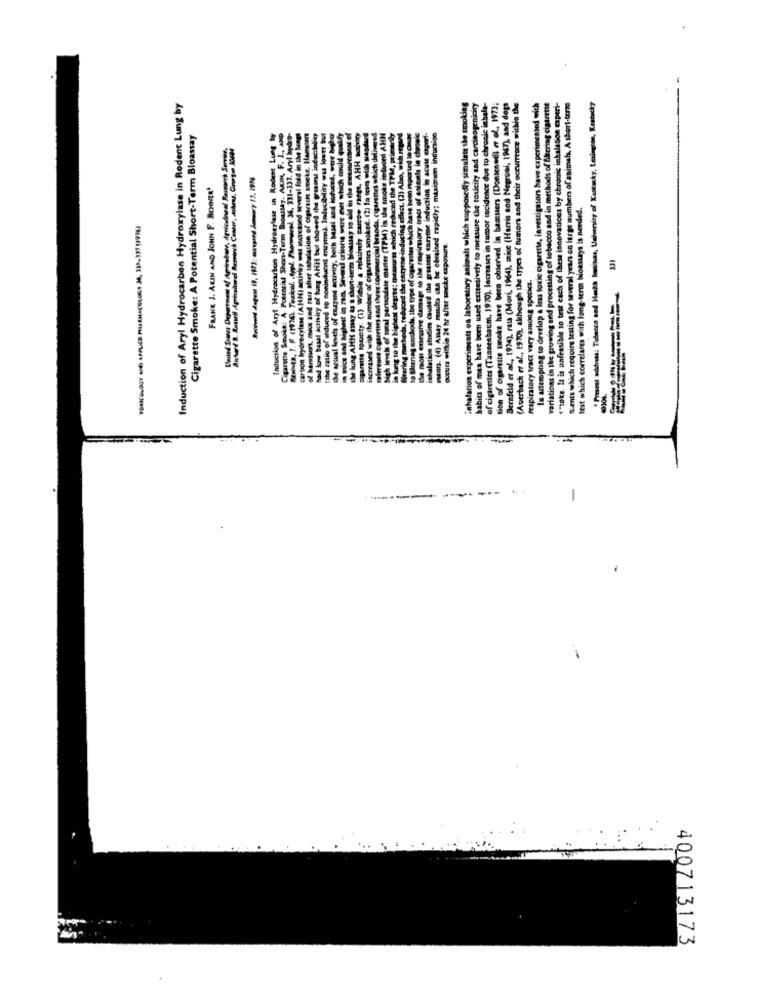
apposedly simulate the smoking
ve to chronic ichala-
Dontenwill et al ., 1973;
Bernfeld et al ., 1934), rats (Mori, 1964), maice (Harris and Negroni, 1967), and dops
- Puesesa address: Tobacco and Heská Imtwee, Univenity of Kentucky, Lexington, Kustuky
Induction of Aryl Hydrocarbon Hydroxylase in Rodent Lung by
the toxicity sad carcinogenicity
(Auerbach er al ., 1970), although the types of tumors and their occurrence within the
w experimented wich
cigarette
""soke. It is unfeasible to test each of these innovations by chronic inhalation experi-
Gents which require testing for several years oa large numbers of animals. A short-term
Cigarette Smoke: A Potential Short-Term Bioassay
variations in the growing and processing of tobacco and in methods of flteria
ad low basal activity of tung AHH but showed the greatest indacit
coninduced enzyme). Inducibility was lowtr
increased with the number of cigarenses smoked. (2) In teses with Magd
rigurenes which deli
high levels of toral persodlase manter (TPM) In the smoke induced Al
kung to the highest degres: memsorts which reduced the TPM, wie
Steering markeds, reduced the enzyme inducing effect. (3) Also, with rtp
to trening mochoda, the type of cigarettes which have been mporund io Q
as of animals in chaos
halation statins caused the pressest caryme induction in acute cap
ments. (4) Assay results can be obtained rapidly; mais um indun
MNNER, I. F (HITEL Texical, . topl. Phonecel. 36, 331-331. Ary
which could
garette topcity. (1) Within a relatively carrow rangs, AHH a0
Assay, AKI, F.
arton byorecylase (AHHI activity was increased several fold in
hamsien, mice and rass after inhalation of cigarette smoke. I
Induction of Aryl Hydrocarbon Hydroxylase in Rode
FRANK J. AKIN AND JOHN F. BENINER'
Lciden
la attempting to develop a less toxic cigarette, investigators b
Actual levels of enayane activity, both basal and
mats oa laboratory animals which suppo
test which correlares with long-term bioassays is needed.
se lung AHH anay &z a short-term bonusay
4 most eursive damage to the respiratory
in man. Several criteria
occurs within 24 hr after moke exposure.
n used extensively to m
dential Shon
tion of cigarette smoke have becs observe
331
respiratory tract vary among species.
920). la
the ratio of anduced
carotte Smoke
mics and high
40306.
400713173